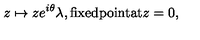
z \mapsto z e ^ { i \theta } \lambda , \mathrm { f i x e d p o i n t a t } z = 0 ,